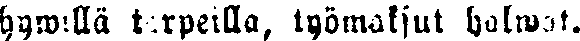
hywillä tarpeilla, työmaksut halwat.